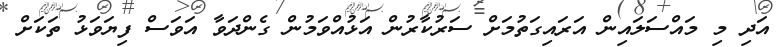
އަދި މި މައްސަލައިން އަރައިގަތުމަށް ސަރުކާރުން އަޅުއްވަމުން ގެންދަވާ އަވަސް ފިޔަވަޅު ތަކަށް